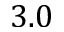
3 . 0